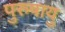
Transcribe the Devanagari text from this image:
पुरुषायु